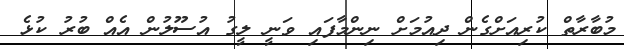
މުބާރާތް ކުރިއަށްގެން ދިއުމަށް ނިންމާފައި ވަނީ ލީގު އުސޫލުން އެއް ބުރު ކުޅެ